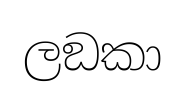
ලඞකා